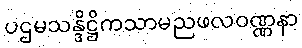
ပဌမသန္ဒိဋ္ဌိကသာမညဖလဝဏ္ဏနာ